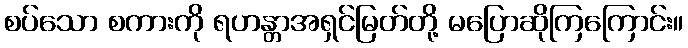
စပ်သော စကားကို ရဟန္တာအရှင်မြတ်တို့ မပြောဆိုကြကြောင်း။